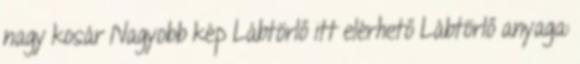
nagy kosár Nagyobb kép Lábtörlő itt elérhető Lábtörlő anyaga: